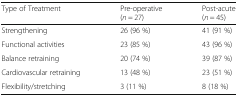
<table><thead><tr><td><b>Type of Treatment</b></td><td><b>Pre-operative(<i>n</i> = 27)</b></td><td><b>Post-acute(<i>n</i> = 45)</b></td></tr></thead><tbody><tr><td>Strengthening</td><td>26 (96 %)</td><td>41 (91 %)</td></tr><tr><td>Functional activities</td><td>23 (85 %)</td><td>43 (96 %)</td></tr><tr><td>Balance retraining</td><td>20 (74 %)</td><td>39 (87 %)</td></tr><tr><td>Cardiovascular retraining</td><td>13 (48 %)</td><td>23 (51 %)</td></tr><tr><td>Flexibility/stretching</td><td>3 (11 %)</td><td>8 (18 %)</td></tr></tbody></table>